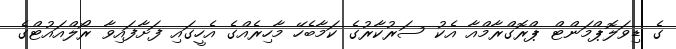
ގެ ޑިވަލޮޕްމަންޓް ޕްރޮގްރާމްއާ އެކު ސަރުކާރުގެ ކަމާބެހޭ މާހިރެއްގެ އެހީގައި ފަށާފައިވާ ރޯލްއައުޓްގެ